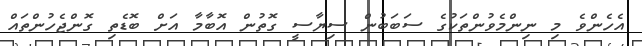
އެހެންވެ މި ނިންމެވުންތަކުގެ ސަބަބުން ސިޔާސީ ގޮތުން އޮބާމާ އަށް ބޮޑެތި ގޮންޖެހުންތައް